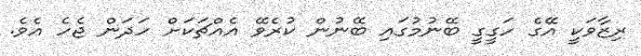
ރިޒާވަކީ އޭގެ ހަގީގީ ބޭނުމުގައި ބޭނުން ކުރެވޭ އެއްޗަކަށް ހަދަން ޖެހެ އެވެ.